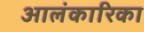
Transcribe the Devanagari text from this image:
आलंकारिका